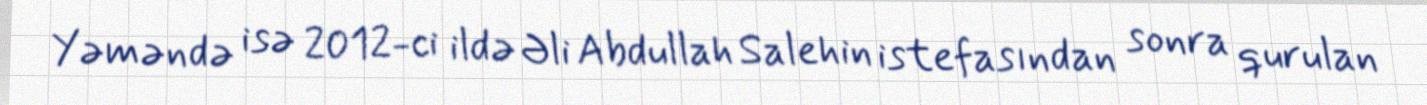
Yəməndə isə 2012-ci ildə Əli Abdullah Salehin istefasından sonra qurulan